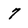
Character: 7